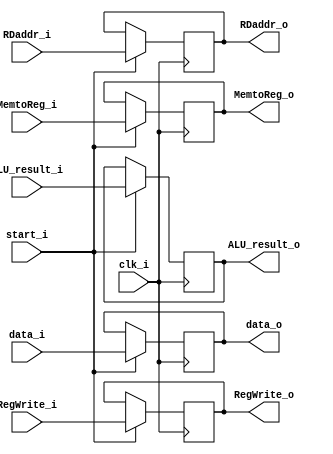
module MEM_WB
(
    clk_i,
    start_i,
    RegWrite_i,
    MemtoReg_i,
    ALU_result_i,
    data_i,
    RDaddr_i, 
    RegWrite_o,
    MemtoReg_o,
    ALU_result_o,
    data_o,
    RDaddr_o, 
);

input   clk_i;
input   start_i;
input   RegWrite_i;
input   MemtoReg_i;
input   [31:0]  ALU_result_i;
input   [31:0]  data_i;
input   [4:0]   RDaddr_i;
output   RegWrite_o;
output   MemtoReg_o;
output  [31:0]  ALU_result_o;
output  [31:0]  data_o;
output  [4:0]   RDaddr_o;

reg             RegWrite_o;
reg             MemtoReg_o;
reg     [31:0]  ALU_result_o;
reg     [31:0]  data_o;
reg     [4:0]   RDaddr_o;

always@(posedge clk_i) begin
    if(start_i)begin
        RegWrite_o <= RegWrite_i;
        MemtoReg_o <= MemtoReg_i;
        ALU_result_o <= ALU_result_i;
        data_o <= data_i;
        RDaddr_o <= RDaddr_i;
    end
end



endmodule